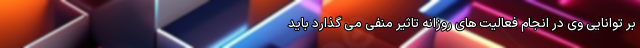
بر توانایی وی در انجام فعالیت های روزانه تاثیر منفی می گذارد باید